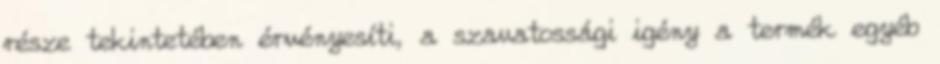
része tekintetében érvényesíti, a szavatossági igény a termék egyéb